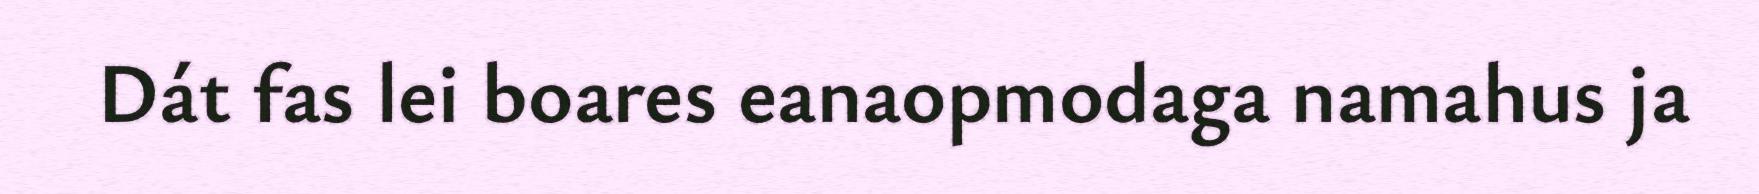
Dát fas lei boares eanaopmodaga namahus ja